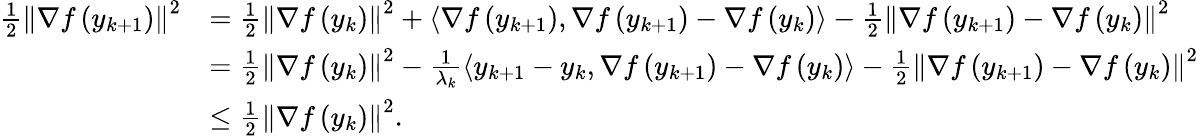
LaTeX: \begin{array}{rl}{\frac{1}{2}\left\lVert\nabla f\left(y_{k+1}\right)\right\rVert^{2}}&{=\frac{1}{2}\left\lVert\nabla f\left(y_{k}\right)\right\rVert^{2}+\left\langle\nabla f\left(y_{k+1}\right),\nabla f\left(y_{k+1}\right)-\nabla f\left(y_{k}\right)\right\rangle-\frac{1}{2}\left\lVert\nabla f\left(y_{k+1}\right)-\nabla f\left(y_{k}\right)\right\rVert^{2}}\\ &{=\frac{1}{2}\left\lVert\nabla f\left(y_{k}\right)\right\rVert^{2}-\frac{1}{\lambda_{k}}\left\langle y_{k+1}-y_{k},\nabla f\left(y_{k+1}\right)-\nabla f\left(y_{k}\right)\right\rangle-\frac{1}{2}\left\lVert\nabla f\left(y_{k+1}\right)-\nabla f\left(y_{k}\right)\right\rVert^{2}}\\ &{\leq\frac{1}{2}\left\lVert\nabla f\left(y_{k}\right)\right\rVert^{2}.}\end{array}